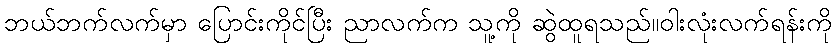
ဘယ်ဘက်လက်မှာ ပြောင်းကိုင်ပြီး ညာလက်က သူ့ကို ဆွဲထူရသည်။ဝါးလုံးလက်ရန်းကို